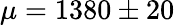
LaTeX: \mu=1380\pm 20